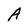
Character: A